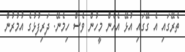
ތެރޭގައި އެ ގޭގައި އުޅޭ އެހެން މީހުން ވެސް ހިމެނޭ. ދަރިފުޅުގެ އުމުރުން